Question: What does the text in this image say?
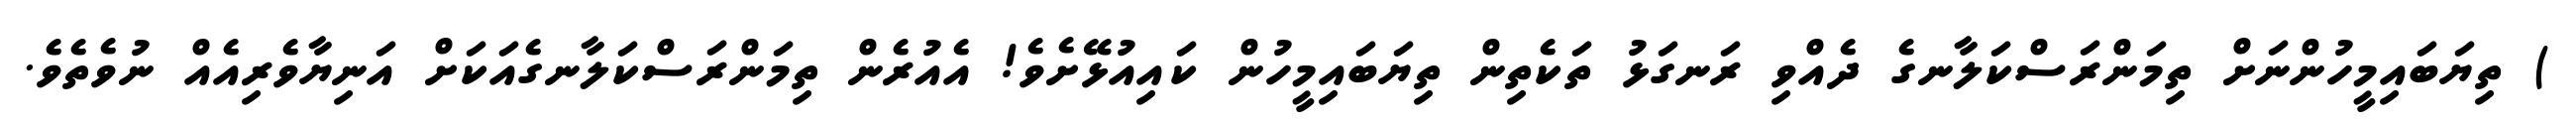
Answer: ) ތިޔަބައިމީހުންނަށް ތިމަންރަސްކަލާނގެ ދެއްވި ރަނގަޅު ތަކެތިން ތިޔަބައިމީހުން ކައިއުޅޭށެވެ! އެއުރެން ތިމަންރަސްކަލާނގެއަކަށް އަނިޔާވެރިއެއް ނުވެތެވެ.